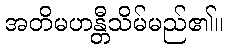
အတိမဟန္တီသိမ်မည်၏။